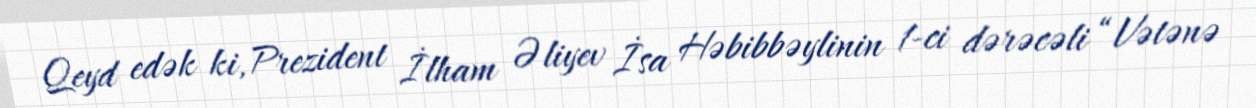
Qeyd edək ki, Prezident İlham Əliyev İsa Həbibbəylinin 1-ci dərəcəli “Vətənə